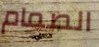
الصمام